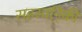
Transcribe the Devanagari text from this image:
सहस्वनिकी